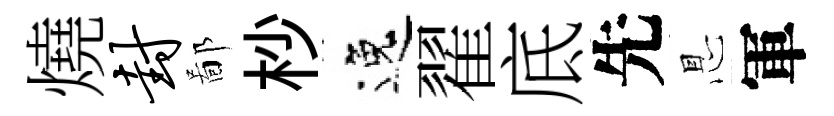
燒封鄙杪逸翟底先㤙軍